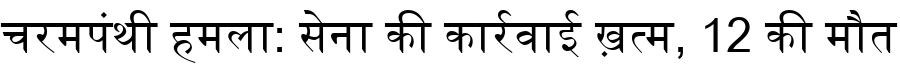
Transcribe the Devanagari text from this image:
चरमपंथी हमला: सेना की कार्रवाई ख़त्म, 12 की मौत